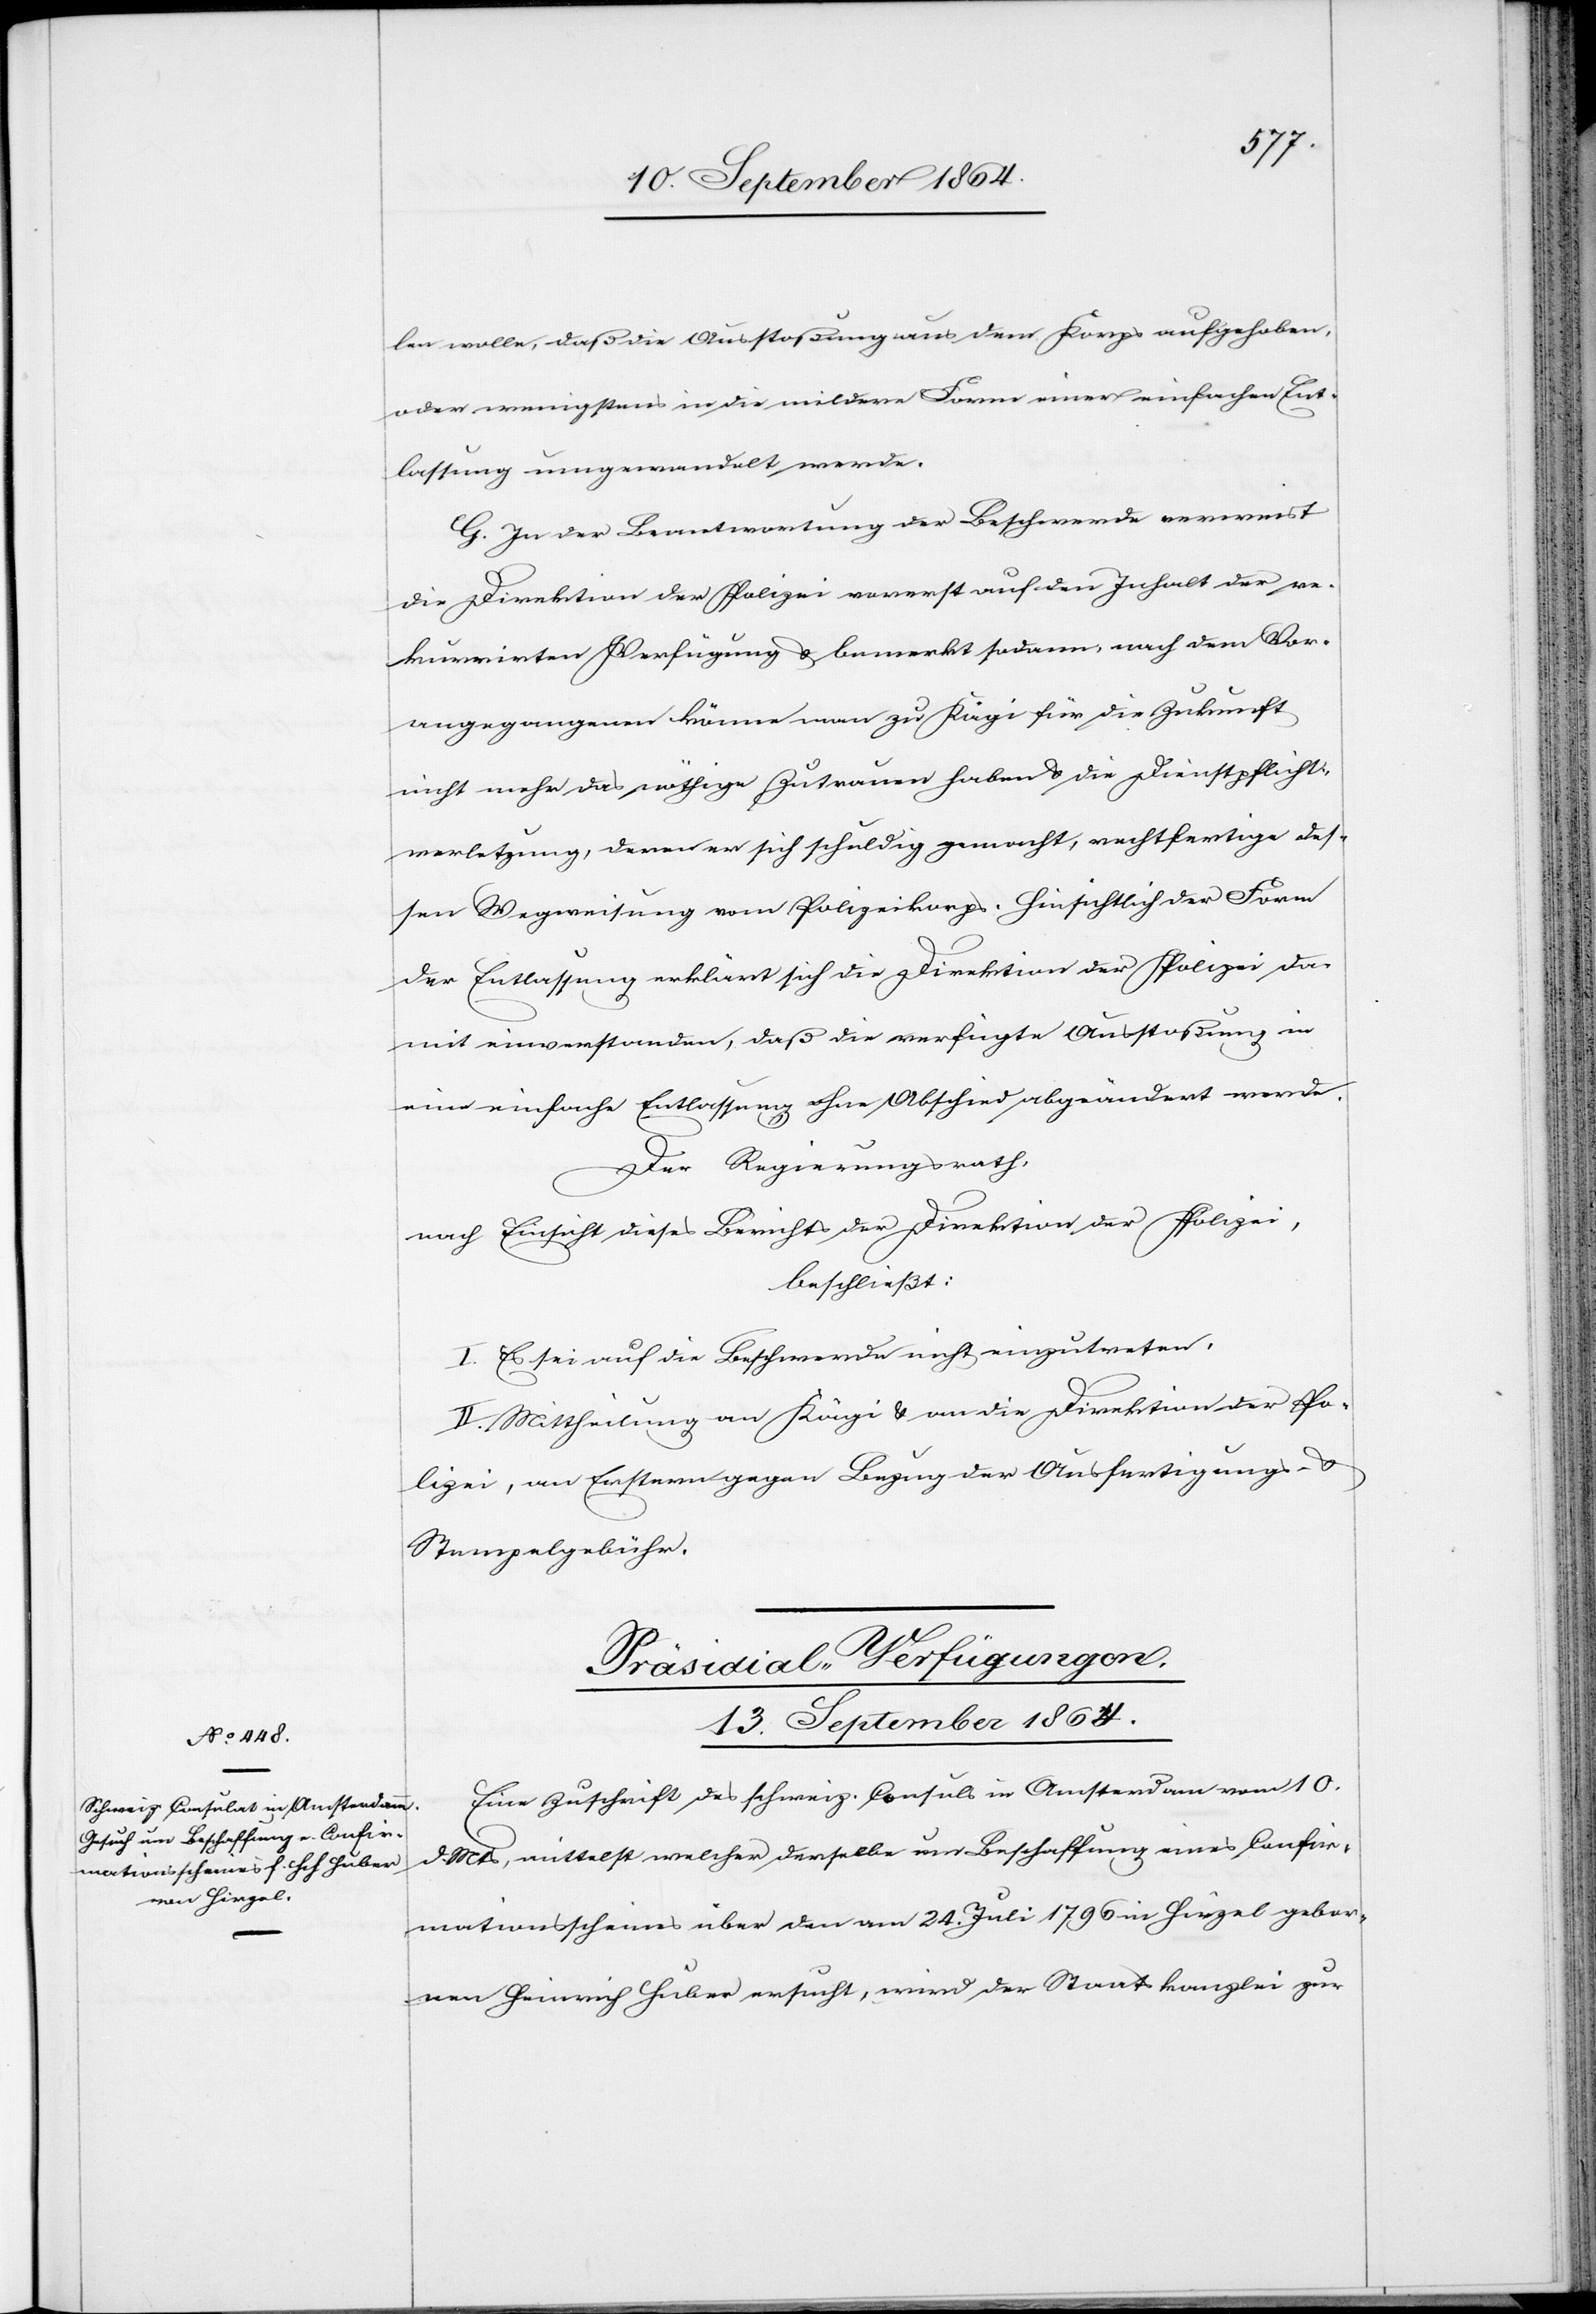
13. September 1864.
len wolle, daß die Ausstoßung aus dem Korps aufgehoben
oder wenigstens in die mildere Form einer einfachen Ent¬
lassung umgewandelt werde.
G. In der Beantwortung der Beschwerde verweist
die Direktion der Polizei vorerst auf den Inhalt der re¬
kurrirten Verfügung & bemerkt sodann, nach dem Vor¬
angegangenen könne man zu Kägi für die Zukunft
nicht mehr das nöthige Zutrauen haben & die Dienstpflicht¬
verletzung, deren er sich schuldig gemacht, rechtfertige des¬
sen Wegweisung vom Polizeikorps. Hinsichtlich der Form
der Entlassung erklärt sich die Direktion der Polizei da¬
mit einverstanden, daß die verfügte Ausstoßung in
eine einfache Entlassung ohne Abschied abgeändert werde.
Der Regierungsrath,
nach Einsicht dieses Berichts der Direktion der Polizei,
beschließt:
I. Es sei auf die Beschwerde nicht einzutreten.
II. Mittheilung an Kägi & an die Direktion der Po¬
lizei, an Erstern gegen Bezug der Ausfertigungs- &
Stempelgebühr.
Präsidial-Verfügungen.
Eine Zuschrift des schweiz. Consuls in Amsterdam vom 10.
d. Mts, mittelst welcher derselbe um Beschaffung eines Confir¬
mationsscheines über den am 24. Juli 1796 in Hirzel gebor¬
nen Heinrich Huber ersucht, wird der Staatskanzlei zur